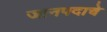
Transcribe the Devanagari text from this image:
जानपदाचे